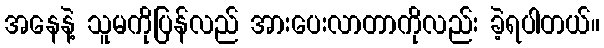
အနေနဲ့ သူမကိုပြန်လည် အားပေးလာတာကိုလည်း ခဲ့ရပါတယ်။